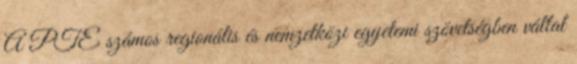
A PTE számos regionális és nemzetközi egyetemi szövetségben vállal